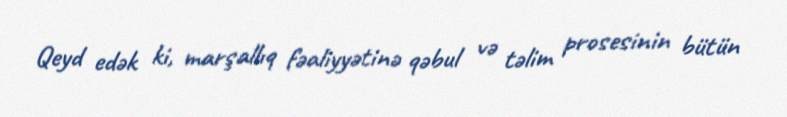
Qeyd edək ki, marşallıq fəaliyyətinə qəbul və təlim prosesinin bütün